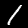
Label: 1